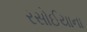
રસોઈયાના